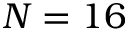
N = 1 6